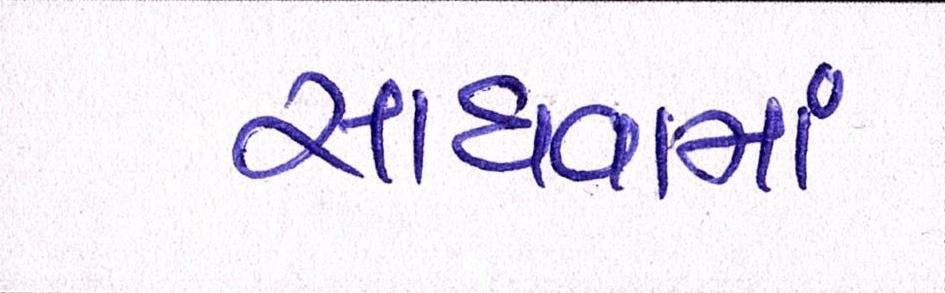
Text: સાધવામાં